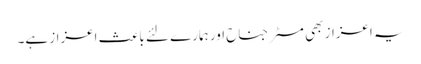
یہ اعزاز بھی مسٹر جناح اور ہمارے لئے باعثِ اعزاز ہے۔